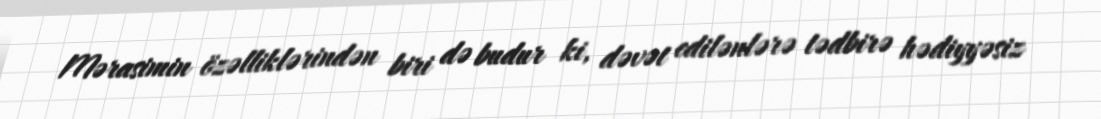
Mərasimin özəlliklərindən biri də budur ki, dəvət edilənlərə tədbirə hədiyyəsiz